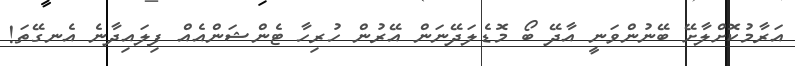
އަރާމުކޮށްލާށޭ ބޭނުންވަނީ އާދޭ ބޯ މޮޑެލަދޭނަން އޭރުން ހުރިހާ ޓެންޝަންއެއް ފިލައިދާނެ އެނގޭތަ!